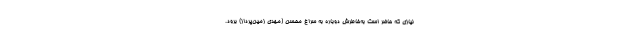
نیازی که حاضر است به‌خاطرش دوباره به سراغ محسن (مهدی زمین‌پرداز) برود.